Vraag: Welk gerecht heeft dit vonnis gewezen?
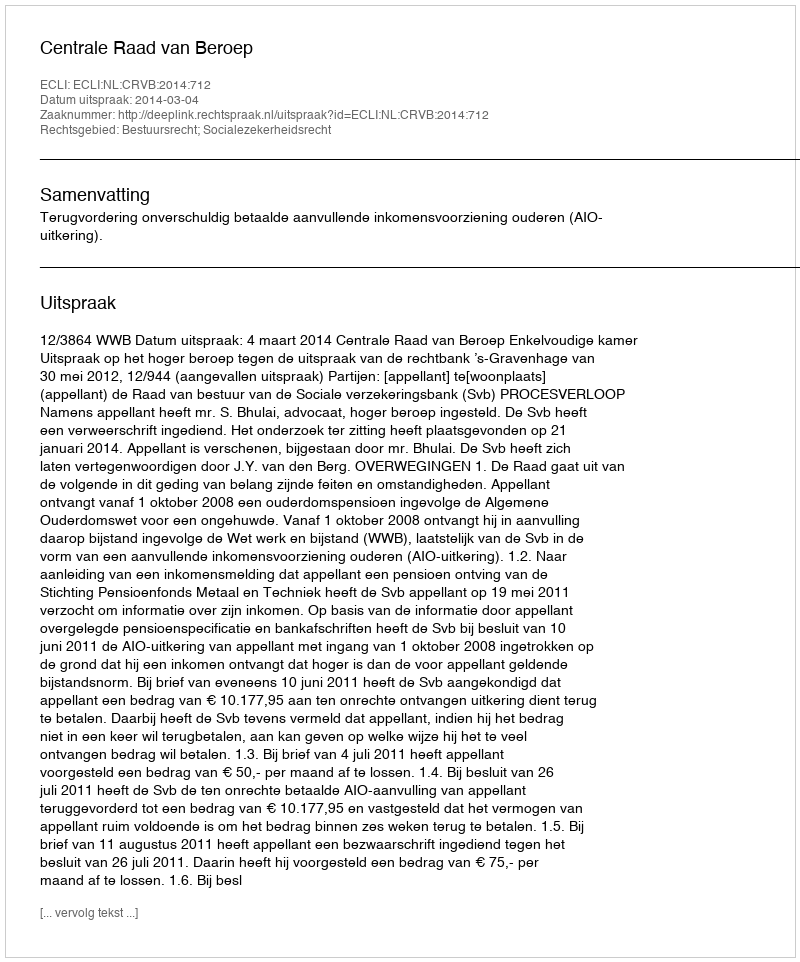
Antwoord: Centrale Raad van Beroep